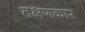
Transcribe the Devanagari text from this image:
तक्षणकार